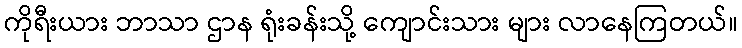
ကိုရီးယား ဘာသာ ဌာန ရုံးခန်းသို့ ကျောင်းသား များ လာနေကြတယ်။